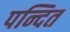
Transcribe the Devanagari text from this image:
पन्दित